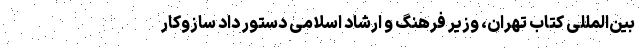
بین‌المللی کتاب تهران، وزیر فرهنگ و ارشاد اسلامی دستور داد سازوکار